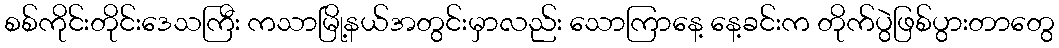
စစ်ကိုင်းတိုင်းဒေသကြီး ကသာမြို့နယ်အတွင်းမှာလည်း သောကြာနေ့ နေ့ခင်းက တိုက်ပွဲဖြစ်ပွားတာတွေ